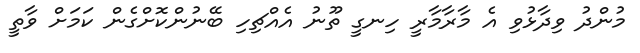
މުންދު ވިދާޅުވި އެ މާރާމާރީ ހިނގީ ތޫނު އެއްޗިހި ބޭނުންކޮށްގެން ކަމަށް ވާތީ